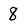
Character: 8